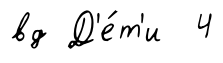
вд Д'е́т'и 4